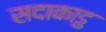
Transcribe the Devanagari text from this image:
सदाकाडु